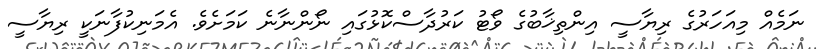
ނަމެއް މިއަހަރުގެ ރިޔާސީ އިންތިޚާބުގެ ވޯޓު ކަރުދާސްކޮޅުގައި ނޯންނާނެ ކަމަށެވެ. އެމަނިކުފާނަކީ ރިޔާސީ